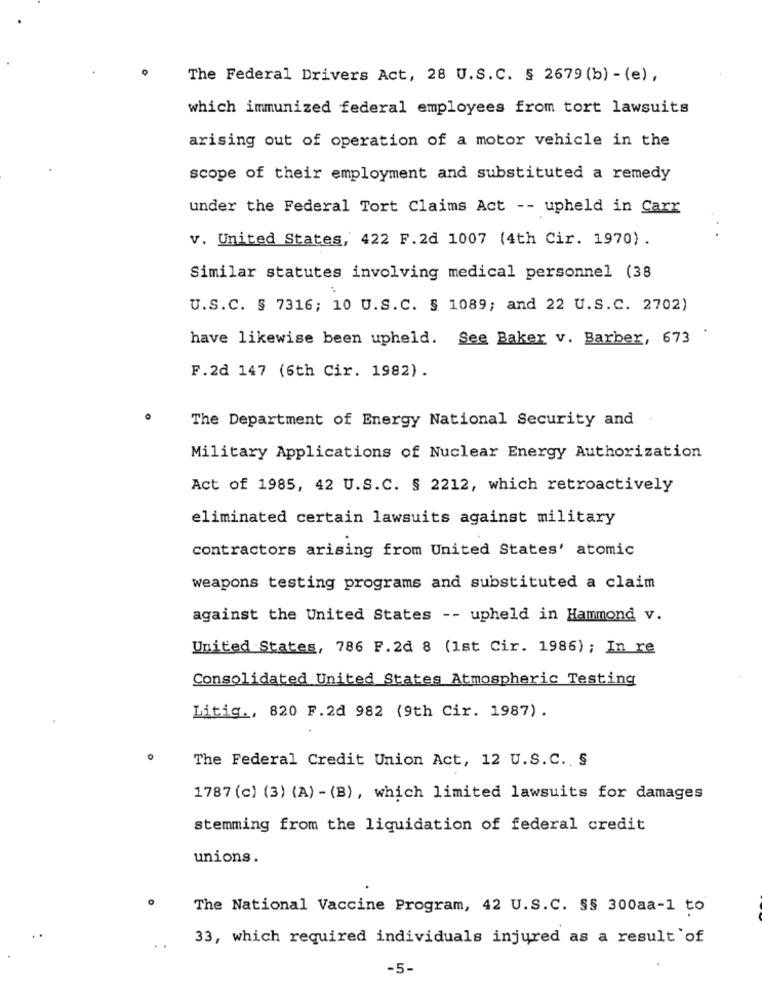
The Federal Drivers Act, 28 U.S.C. § 2679 (b) - (e) ,
which immunized federal employees from tort lawsuits
arising out of operation of a motor vehicle in the
scope of their employment and substituted a remedy
under the Federal Tort Claims Act -- upheld in Carr
v. United States, 422 F.2d 1007 (4th Cir. 1970) .
Similar statutes involving medical personnel (38
U.S.C. § 7316; 10 U.S.C. § 1089; and 22 U.S.C. 2702)
have likewise been upheld. See Baker v. Barber, 673
F.2d 147 (6th Cir. 1982) .
The Department of Energy National Security and
Military Applications of Nuclear Energy Authorization
Act of 1985, 42 U.S.C. § 2212, which retroactively
eliminated certain lawsuits against military
contractors arising from United States' atomic
weapons testing programs and substituted a claim
against the United States -- upheld in Hammond v.
United States, 786 F.2d 8 (1st Cir. 1986); In re
Consolidated United States Atmospheric Testing
Litig ., 820 F.2d 982 (9th Cir. 1987) .
The Federal Credit Union Act, 12 U.S.C. §
1787 (c) (3) (A) - (B), which limited lawsuits for damages
stemming from the liquidation of federal credit
unions.
The National Vaccine Program, 42 U.S.C. SS 300aa-1 to
33, which required individuals injured as a result of
-5.